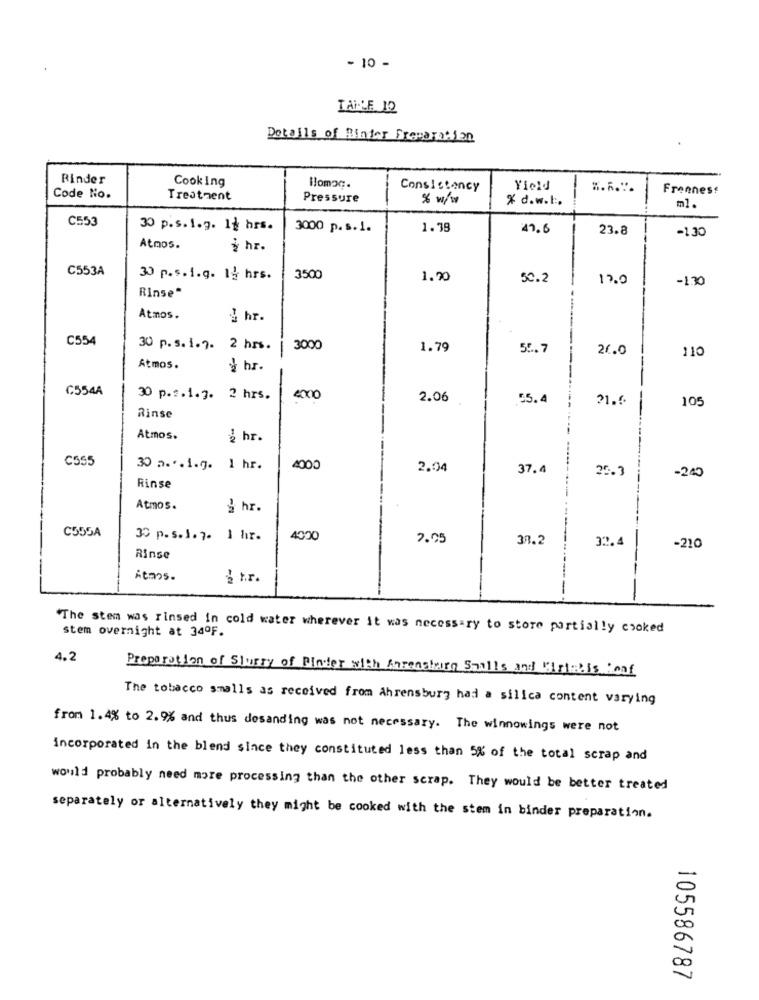
- 10 -
TAHLE 12
Details of Minder Frenaratian
Rinder
Cooking
Homoc.
Consistency
Yield
S.R.".
Freones:
Code No.
Treatment
Pressure
% w/w
% d.w.t.
ml.
C553
30 p.s.1.g. 12 hrs.
3000 p. s. 1.
1.39
41.6
23.8
-1.30
Atmos.
¿ hr.
C553A
30 p.s.i.g. 12 hrs.
3500
1.20
50.2
12.0
-130
Rinse"
Atmos.
hr.
C554
30 p.s.i.7. 2 hrs.
-
3000
1.79
55. 7
20.0
110
Atmos.
hr.
C554A
30 p.s. 1.3. 2 hrs.
4000
2.06
55.4
21.6
105
Rinse
Atmos.
ihr.
C555
30 a ... 1.9. 1 hr.
4000
2.04
37.4
25.3
-200
Rinse
Atmos.
hr
C555A
30 p.s.l.j. 1 hr.
4000
7.05
38.2
32.4
-210
Rinse
Atmos.
t.r.
-
--
The stem was rinsed in cold water wherever it was necessary to store partially cooked
stem overnight at 34ºF.
4.2
Preparation of Slurry of Pinter with Aureastring Smalls and Girlaiis ionf
The tobacco smalls as received from ahrensburg had a silica content varying
from 1.4% to 2.9% and thus desanding was not necessary. The winnowings were not
incorporated in the blend since they constituted less than 5% of the total scrap and
would probably need more processing than the other scrap. They would be better treated
separately or alternatively they might be cooked with the stem in binder preparation.
a
00
105586787